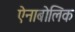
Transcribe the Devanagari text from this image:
ऐनाबोलिक